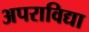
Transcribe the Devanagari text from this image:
अपराविद्या